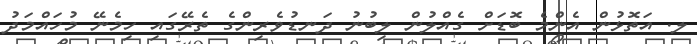
ލ. އަތޮޅުން އެންމެ ބޮޑަށް ގެއްލުން ލިބުނު ދަނޑުވެރިންގެ ތެރޭގައި ހިމެނޭ މުހައްމަދު